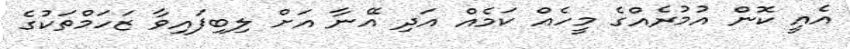
އެއީ ކޮން އުމުރެއްގެ މީހެއް ކަމެއް އަދި އޭނާ އަށް ލިބިފައިވާ ޒަހަމްތަކުގެ